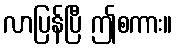
လာပြန်ပြီ ဤစကား။